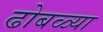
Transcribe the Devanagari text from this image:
ढोबळ्या